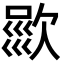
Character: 𣣦